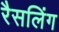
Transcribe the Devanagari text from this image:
रैसलिंग